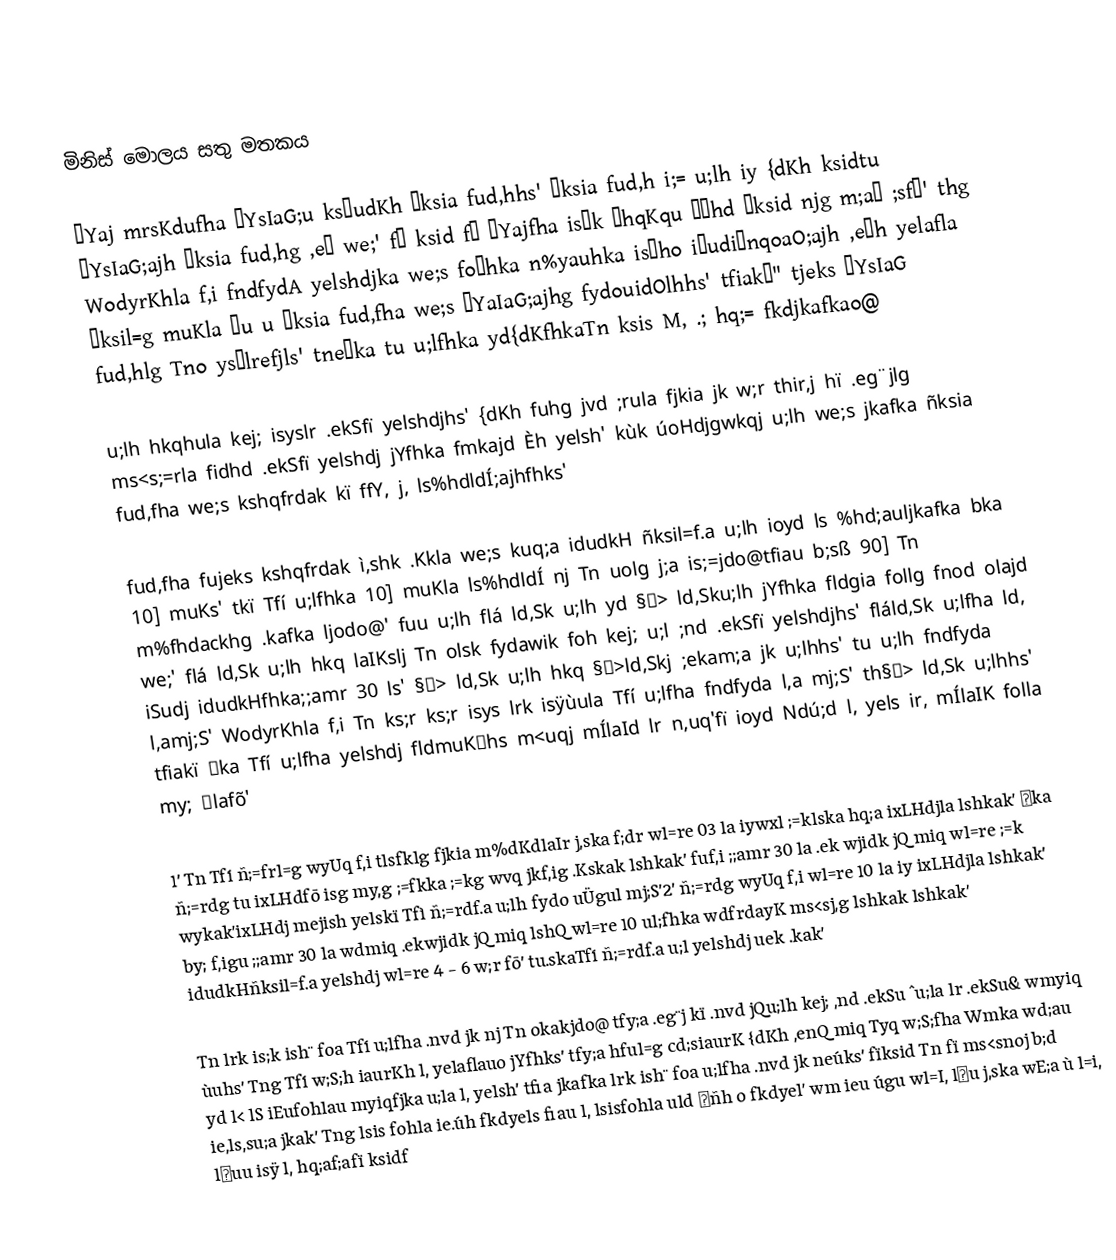
මිනිස් මොලය සතු මතකය

úYaj mrsKdufha úYsIaG;u ks¾udKh ñksia fud,hhs' ñksia fud,h i;= u;lh iy {dKh ksidtu úYsIaG;ajh ñksia fud,hg ,eî we;' fï ksid fï úYajfha isák ÈhqKqu Ôúhd ñksid njg m;aù ;sfí' thg WodyrKhla f,i fndfydA yelshdjka we;s foúhka n%yauhka isáho iïudiïnqoaO;ajh ,eìh yelafla ñksil=g muKla ùu u ñksia fud,fha we;s úYaIaG;ajhg fydouidOlhhs' tfiakï" tjeks úYsIaG fud,hlg Tno ysñlrefjls' tneúka tu u;lfhka yd{dKfhkaTn ksis M, .; hq;= fkdjkafkao@

u;lh hkqhula kej; isyslr .ekSfï yelshdjhs' {dKh fuhg jvd ;rula fjkia jk w;r thir,j hï .eg¨jlg ms<s;=rla fidhd .ekSfï yelshdj jYfhka fmkajd Èh yelsh' kùk úoHdjgwkqj u;lh we;s jkafka ñksia fud,fha we;s kshqfrdak kï ffY, j, ls%hdldÍ;ajhfhks'

fud,fha fujeks kshqfrdak ì,shk .Kkla we;s kuq;a idudkH ñksil=f.a u;lh ioyd ls  %hd;auljkafka bka 10] muKs' tkï Tfí u;lfhka 10] muKla ls%hdldÍ nj Tn uolg j;a is;=jdo@tfiau b;sß 90] Tn m%fhdackhg .kafka ljodo@' fuu u;lh flá ld,Sk u;lh yd §¾> ld,Sku;lh jYfhka fldgia follg fnod olajd we;' flá ld,Sk u;lh hkq laIKslj Tn olsk fydawik foh kej; u;l ;nd .ekSfï yelshdjhs' fláld,Sk u;lfha ld, iSudj idudkHfhka;;amr 30 ls' §¾> ld,Sk u;lh hkq §¾>ld,Skj ;ekam;a jk u;lhhs' tu u;lh fndfyda l,amj;S' WodyrKhla f,i Tn ks;r ks;r isys lrk isÿùula Tfí u;lfha fndfyda l,a mj;S' th§¾> ld,Sk u;lhhs' tfiakï ±ka Tfí u;lfha yelshdj fldmuK±hs m<uqj mÍlaId lr n,uq'fï ioyd Ndú;d l, yels ir, mÍlaIK folla my; ±lafõ'

1' Tn Tfí ñ;=frl=g wyUq f,i tlsfklg fjkia m%dKdlaIr j,ska f;dr wl=re 03 la iywxl ;=klska hq;a ixLHdjla lshkak' ±ka ñ;=rdg tu ixLHdfõ isg my,g ;=fkka ;=kg wvq jkf,ig .Kskak lshkak' fuf,i ;;amr 30 la .ek wjidk jQ miq wl=re ;=k wykak'ixLHdj mejish yelskï Tfì ñ;=rdf.a u;lh fydo uÜgul mj;S'2' ñ;=rdg wyUq f,i wl=re 10 la iy ixLHdjla lshkak' by; f,igu ;;amr 30 la wdmiq .ekwjidk jQ miq lshQ wl=re 10 ul;fhka wdfrdayK ms<sj,g lshkak lshkak' idudkHñksil=f.a yelshdj wl=re 4 - 6 w;r fõ' tu.skaTfí ñ;=rdf.a u;l yelshdj uek .kak'

Tn lrk is;k ish¨ foa Tfí u;lfha .nvd jk nj Tn okakjdo@ tfy;a .eg¨j kï .nvd jQu;lh kej; ,nd .ekSu ^u;la lr .ekSu& wmyiq ùuhs' Tng Tfí w;S;h iaurKh l, yelaflauo jYfhks' tfy;a hful=g cd;siaurK {dKh ,enQ miq Tyq w;S;fha Wmka wd;au yd l< lS iEufohlau myiqfjka u;la l, yelsh' tfia jkafka lrk ish¨ foa u;lfha .nvd jk neúks' fïksid Tn fï ms<snoj b;d ie,ls,su;a jkak' Tng lsis fohla ie.úh fkdyels fiau l, lsisfohla uld ±ñh o fkdyel' wm ieu úgu wl=I, l¾u j,ska wE;a ù l=i, l¾uu isÿ l, hq;af;afï ksidf